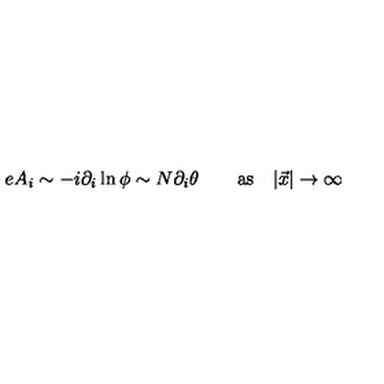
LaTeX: e A _ { i } \sim - i \partial _ { i } \ln \phi \sim N \partial _ { i } \theta \qquad \mathrm { a s } \quad | \vec { x } | \to \infty